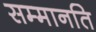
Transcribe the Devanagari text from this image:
सम्मानति